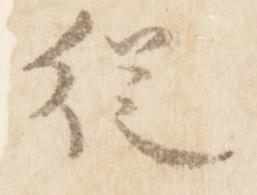
従